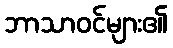
ဘာသာဝင်များ၏